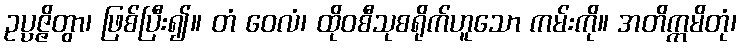
ဥပ္ပဇ္ဇိတွာ၊ ဖြစ်ပြီး၍။ တံ ဝေလံ၊ ထိုဝစီသုစရိုက်ဟူသော ကမ်းကို။ အတိက္ကမိတုံ၊